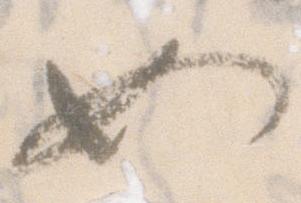
如